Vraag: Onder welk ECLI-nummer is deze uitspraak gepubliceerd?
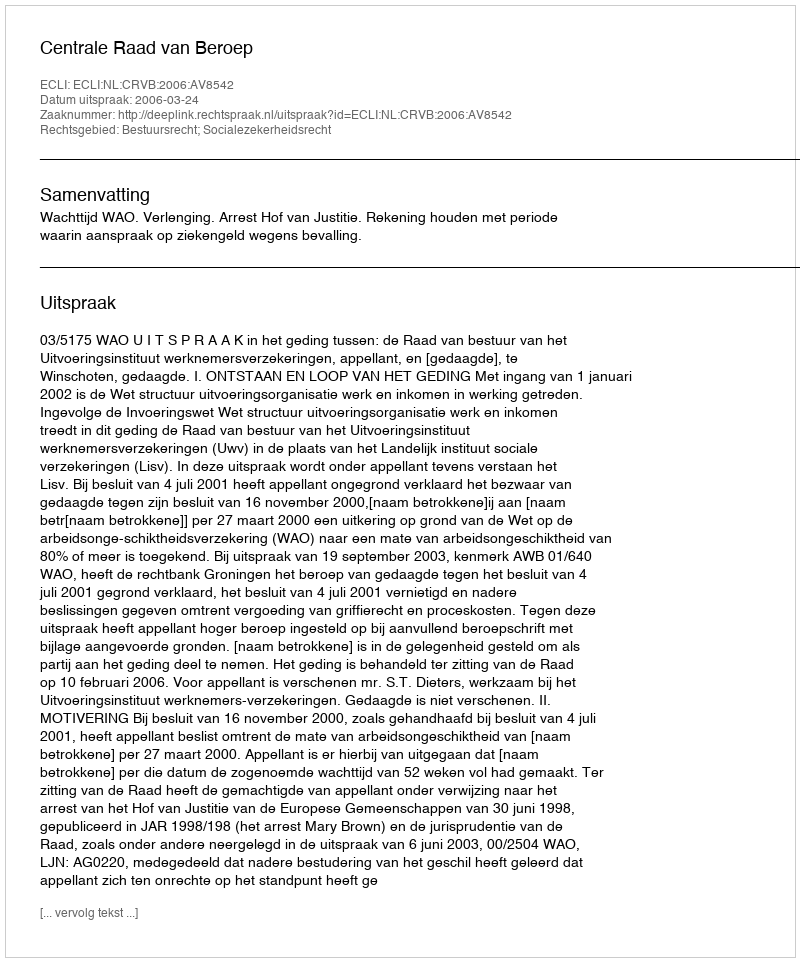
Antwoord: ECLI:NL:CRVB:2006:AV8542